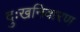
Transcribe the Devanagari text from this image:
दुःखनिवारण